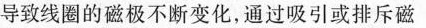
导致线圈的磁极不断变化，通过吸引或排斥磁